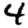
Digit: 4